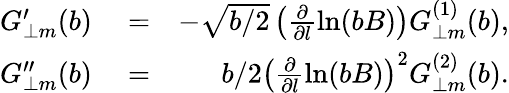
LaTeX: \begin{array}{rlr}{G_{\perp m}^{\prime}(b)}&{{}=}&{-\sqrt{b/2}\left(\frac{\partial}{\partial l}\ln(bB)\right)G_{\perp m}^{(1)}(b),}\\ {G_{\perp m}^{\prime\prime}(b)}&{{}=}&{b/2\left(\frac{\partial}{\partial l}\ln(bB)\right)^{2}G_{\perp m}^{(2)}(b).}\end{array}